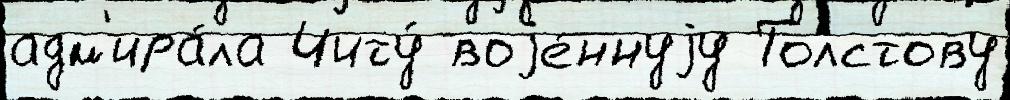
адм'ира́ла Читу́ воjе́ннуjу Толстову